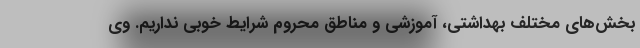
بخش‌های مختلف بهداشتی، آموزشی و مناطق محروم شرایط خوبی نداریم. وی